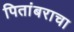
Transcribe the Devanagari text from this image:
पितांबराचा